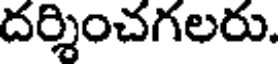
దర్శించగలరు.